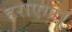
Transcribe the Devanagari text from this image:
हराएगा।